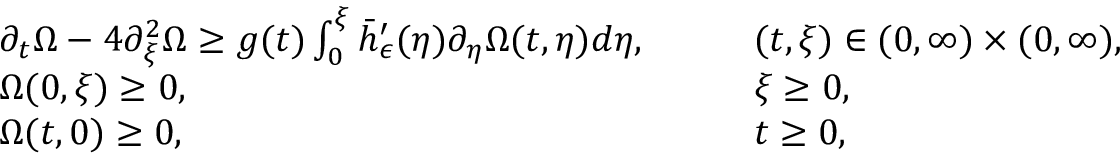
\begin{array} { r l r l } & { \partial _ { t } \Omega - 4 \partial _ { \xi } ^ { 2 } \Omega \geq g ( t ) \int _ { 0 } ^ { \xi } \bar { h } _ { \epsilon } ^ { \prime } ( \eta ) \partial _ { \eta } \Omega ( t , \eta ) d \eta , \quad } & & { ( t , \xi ) \in ( 0 , \infty ) \times ( 0 , \infty ) , } \\ & { \Omega ( 0 , \xi ) \geq 0 , \quad } & & { \xi \geq 0 , } \\ & { \Omega ( t , 0 ) \geq 0 , \quad } & & { t \geq 0 , } \end{array}